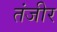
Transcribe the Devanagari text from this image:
तंजीर